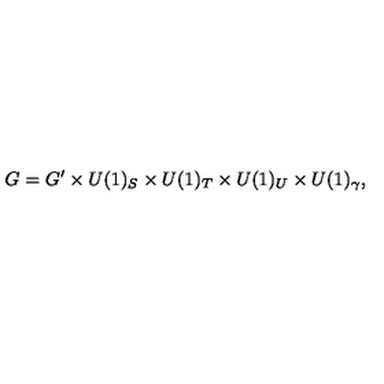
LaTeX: G = G ^ { \prime } \times U ( 1 ) _ { S } \times U ( 1 ) _ { T } \times U ( 1 ) _ { U } \times U ( 1 ) _ { \gamma } ,